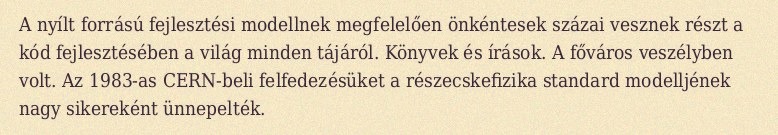
A nyílt forrású fejlesztési modellnek megfelelően önkéntesek százai vesznek részt a kód fejlesztésében a világ minden tájáról. Könyvek és írások. A főváros veszélyben volt. Az 1983-as CERN-beli felfedezésüket a részecskefizika standard modelljének nagy sikereként ünnepelték.